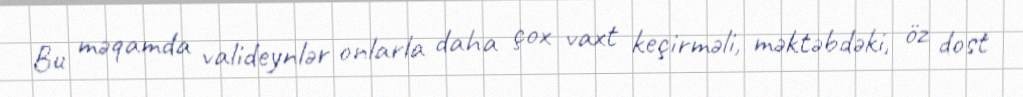
Bu məqamda valideynlər onlarla daha çox vaxt keçirməli, məktəbdəki, öz dost